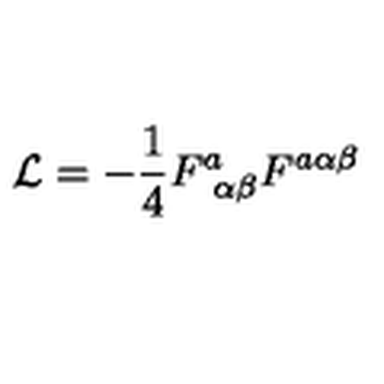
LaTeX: { \cal L } = - { \frac { 1 } { 4 } } F _ { \ \alpha \beta } ^ { a } F ^ { a \alpha \beta }